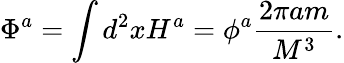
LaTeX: \Phi^{a}=\int d^{2}xH^{a}=\phi^{a}\frac{2\pi am}{M^{3}}.